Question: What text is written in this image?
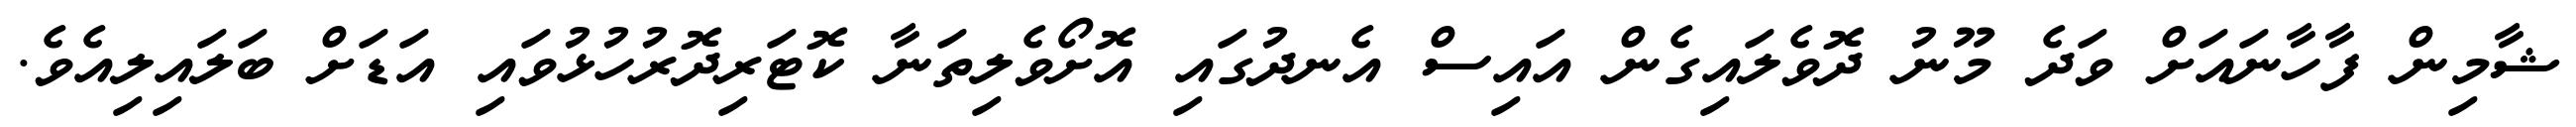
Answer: ޝާމިން ފާހާނައަށް ވަދެ މޫނު ދޮވެލައިގެން އައިސް އެނދުގައި އޮށޯވެލިތަނާ ކޮޓަރިދޮރުހުޅުވައި އަޑަށް ބަލައިލިއެވެ.